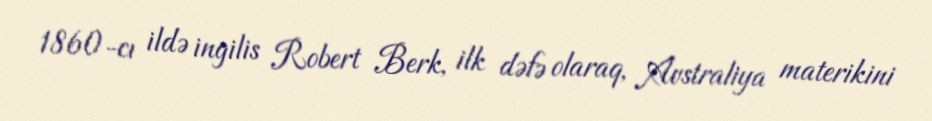
1860-cı ildə ingilis Robert Berk, ilk dəfə olaraq, Avstraliya materikini